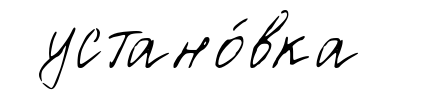
устано́вка